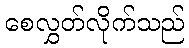
စေလွှတ်လိုက်သည်